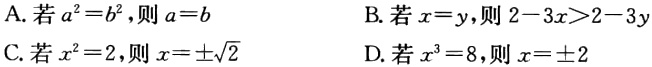
A. 若\(a^{2}=b^{2}\)，则\(a = b\)
B. 若\(x = y\)，则\(2 - 3x>2 - 3y\)
C. 若\(x^{2}=2\)，则\(x = \pm\sqrt{2}\)
D. 若\(x^{3}=8\)，则\(x = \pm2\)